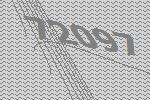
72097